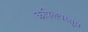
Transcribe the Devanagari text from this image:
कपिलवस्तूस